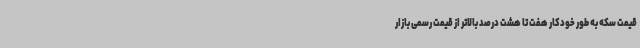
قیمت سکه به طور خودکار هفت تا هشت درصد بالاتر از قیمت رسمی بازار